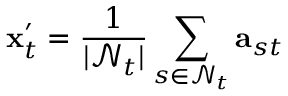
\mathbf { x } _ { t } ^ { \prime } = \frac { 1 } { | \mathcal { N } _ { t } | } \sum _ { s \in \mathcal { N } _ { t } } \mathbf { a } _ { s t }